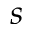
s